Problem: 4 × 11 = ?
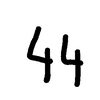
Handwritten answer: 44